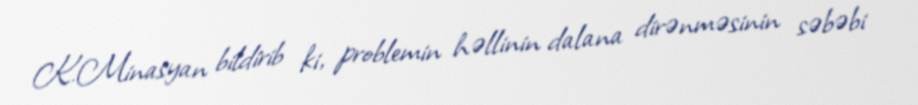
K.Minasyan bildirib ki, problemin həllinin dalana dirənməsinin səbəbi